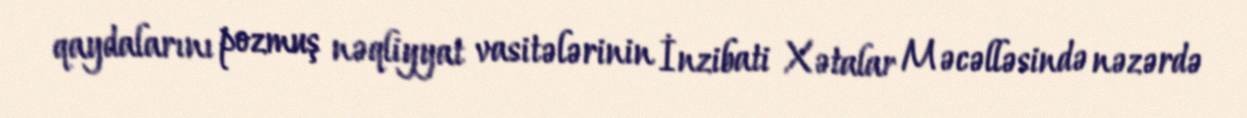
qaydalarını pozmuş nəqliyyat vasitələrinin İnzibati Xətalar Məcəlləsində nəzərdə